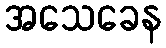
အသေခေန